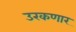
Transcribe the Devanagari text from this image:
उरकणार